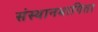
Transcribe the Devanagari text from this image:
संस्थानभागिता